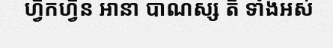
ហ្វឹកហ្វឺន ឤនា បាណស្ស តិ ទាំងអស់